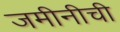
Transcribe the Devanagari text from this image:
जमीनीची